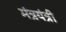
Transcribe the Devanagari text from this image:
मंत्रयंत्री